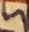
Text: 5